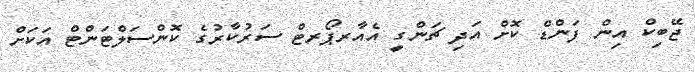
ޖޭބިކް އިން ފަންޑް ކޮށް އަދި ޗަންގީ އެއާރޕޯރޓް ސަރުކާރުގެ ކޮންސަލްޓަންޓް އަކަށް